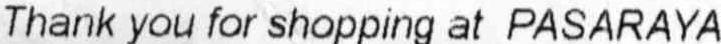
THANK YOU FOR SHOPPING AT PASARAYA